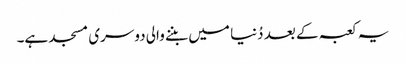
یہ کعبہ کے بعد دُنیا میں بننے والی دوسری مسجد ہے۔